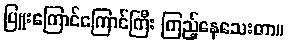
ပြူးကြောင်ကြောင်ကြီး ကြည့်နေသေးတာ။